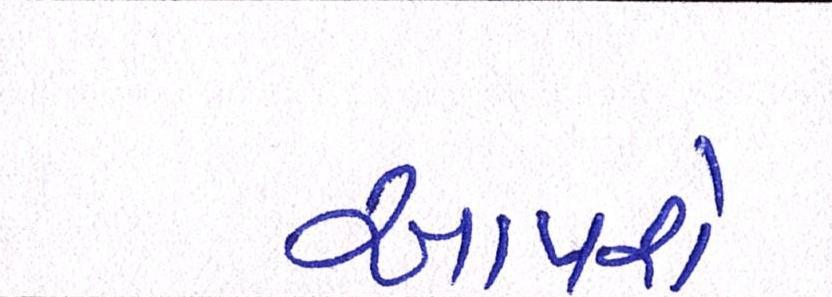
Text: આપશે